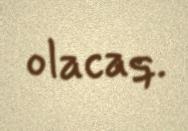
olacaq.